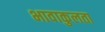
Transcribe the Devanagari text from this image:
भावाकुलता